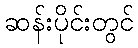
ဆန်းပိုင်းတွင်